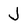
Character: J